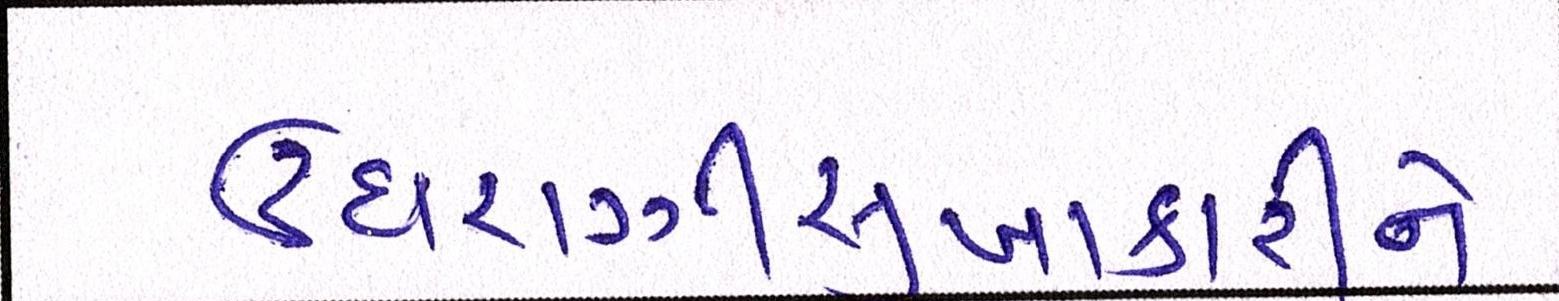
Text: ઉઘરાણીસુખાકારીને